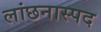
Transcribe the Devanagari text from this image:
लांछनास्‍पद